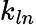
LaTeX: k_{ln}